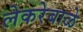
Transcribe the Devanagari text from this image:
लेकरेबाळे